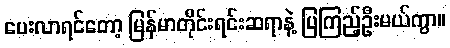
ပေးလာရင်တော့ မြန်မာတိုင်းရင်းဆရာနဲ့ ပြကြည့်ဦးမယ်ကွာ။